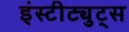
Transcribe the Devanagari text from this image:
इंस्टीट्युट्स